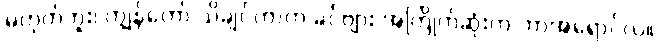
မဟုတ်ဘူး၊ ကျွန်တော် သိချင်တာက ခင်ဗျား အကြိုက်ဆုံးက ဘာအရောင်လဲ။